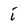
Character: i